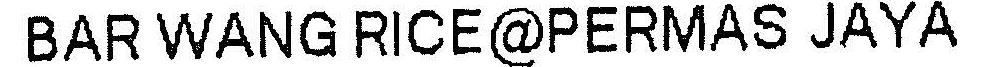
BAR WANG RICE@PERMAS JAYA